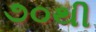
૭૦થી